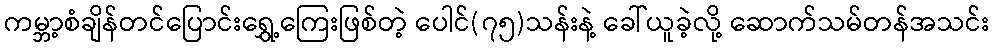
ကမ္ဘာ့စံချိန်တင်ပြောင်းရွှေ့ကြေးဖြစ်တဲ့ ပေါင်(၇၅)သန်းနဲ့ ခေါ်ယူခဲ့လို့ ဆောက်သမ်တန်အသင်း